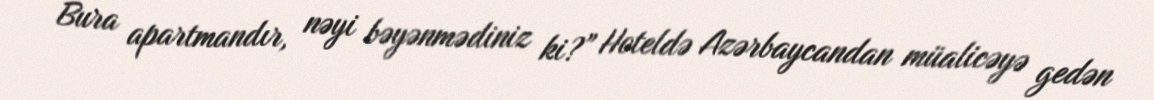
Bura apartmandır, nəyi bəyənmədiniz ki?” Hoteldə Azərbaycandan müalicəyə gedən